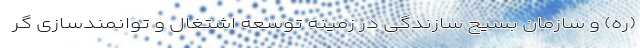
(ره) و سازمان بسیج سازندگی در زمینه توسعه اشتغال و توانمندسازی گر